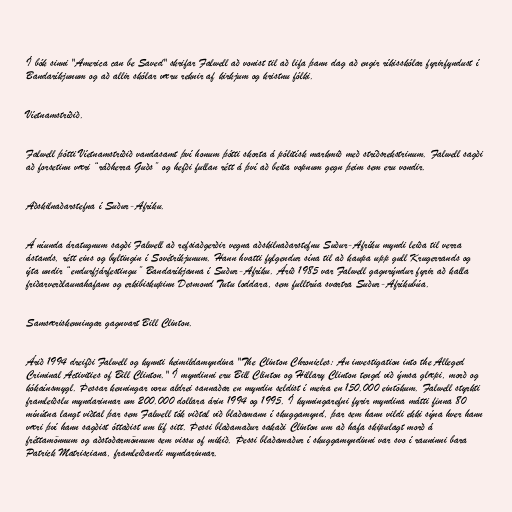
Í bók sinni "America can be Saved" skrifar Falwell að vonist til að lifa þann dag að engir ríkisskólar fyrirfyndust í
Bandaríkjunum og að allir skólar væru reknir af kirkjum og kristnu fólki.

Víetnamstríðið.

Falwell þótti Víetnamstríðið vandasamt því honum þótti skorta á pólitísk markmið með stríðsrekstrinum. Falwell sagði
að forsetinn væri “ráðherra Guðs” og hefði fullan rétt á því að beita vopnum gegn þeim sem eru vondir.

Aðskilnaðarstefna í Suður-Afríku.

Á níunda áratugnum sagði Falwell að refsiaðgerðir vegna aðskilnaðarstefnu Suður-Afríku myndi leiða til verra
ástands, rétt eins og byltingin í Sovétríkjunum. Hann hvatti fylgendur sína til að kaupa upp gull Krugerrands og
ýta undir “endurfjárfestingu” Bandaríkjanna í Suður-Afríku. Árið 1985 var Falwell gagnrýndur fyrir að kalla
friðarverðlaunahafann og erkibiskupinn Desmond Tutu loddara, sem fulltrúa svartra Suður-Afríkubúa.

Samsæriskenningar gagnvart Bill Clinton.

Árið 1994 dreifði Falwell og kynnti heimildamyndina "The Clinton Chronicles: An investigation into the Alleged
Criminal Activities of Bill Clinton." Í myndinni eru Bill Clinton og Hillary Clinton tengd við ýmsa glæpi, morð og
kókaínsmygl. Þessar kenningar voru aldrei sannaðar en myndin seldist í meira en 150.000 eintökum. Falwell styrkti
framleiðslu myndarinnar um 200.000 dollara árin 1994 og 1995. Í kynningarefni fyrir myndina mátti finna 80
mínútna langt viðtal þar sem Falwell tók viðtal við blaðamann í skuggamynd, þar sem hann vildi ekki sýna hver hann
væri því hann sagðist óttaðist um líf sitt. Þessi blaðamaður sakaði Clinton um að hafa skipulagt morð á
fréttamönnum og aðstoðarmönnum sem vissu of mikið. Þessi blaðamaður í skuggamyndinni var svo í rauninni bara
Patrick Matrisciana, framleiðandi myndarinnar.